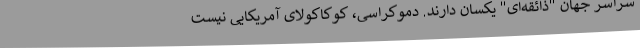
سراسر جهان "ذائقه‌ای" یکسان دارند. دموکراسی، کوکاکولای آمریکایی نیست